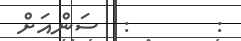
:       :  ސަންއަށް